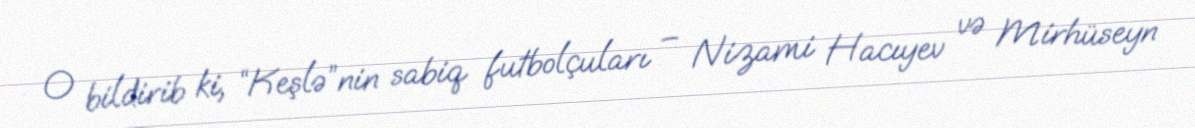
O bildirib ki, “Keşlə”nin sabiq futbolçuları – Nizami Hacıyev və Mirhüseyn